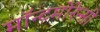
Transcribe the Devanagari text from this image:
मॉन्टमोरेन्सी